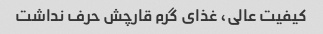
کیفیت عالی، غذای گرم قارچش حرف نداشت